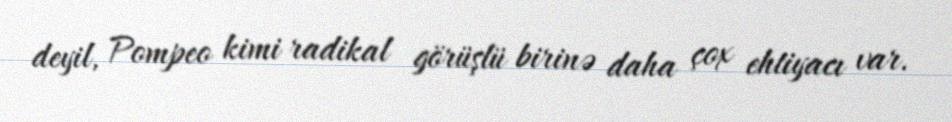
deyil, Pompeo kimi radikal görüşlü birinə daha çox ehtiyacı var.